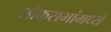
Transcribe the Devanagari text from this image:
लोकसभांमध्ये